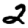
Digit: 2